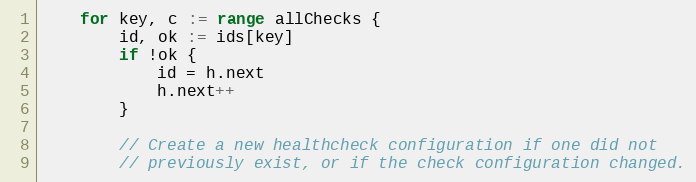
Language: Go
	for key, c := range allChecks {
		id, ok := ids[key]
		if !ok {
			id = h.next
			h.next++
		}

		// Create a new healthcheck configuration if one did not
		// previously exist, or if the check configuration changed.